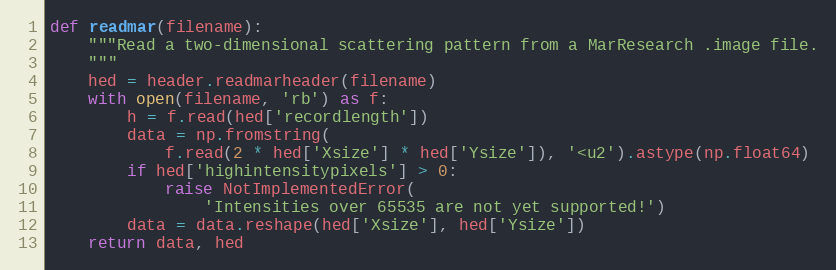
Language: Python
def readmar(filename):
    """Read a two-dimensional scattering pattern from a MarResearch .image file.
    """
    hed = header.readmarheader(filename)
    with open(filename, 'rb') as f:
        h = f.read(hed['recordlength'])
        data = np.fromstring(
            f.read(2 * hed['Xsize'] * hed['Ysize']), '<u2').astype(np.float64)
        if hed['highintensitypixels'] > 0:
            raise NotImplementedError(
                'Intensities over 65535 are not yet supported!')
        data = data.reshape(hed['Xsize'], hed['Ysize'])
    return data, hed